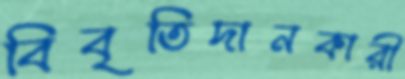
বিবৃতিদানকারী